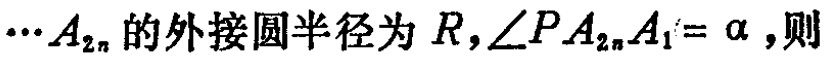
$\cdots A_{2n}的外接圆半径为R,\angle PA_{2n}A_{1}=\alpha,则$